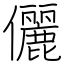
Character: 儷